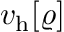
v _ { \mathrm { h } } [ \varrho ]